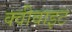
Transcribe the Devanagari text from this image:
क्वीवाइट